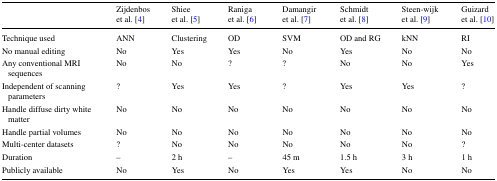
<table><thead><tr><td></td><td><b>Zijdenbos et al. [4]</b></td><td><b>Shiee et al. [5]</b></td><td><b>Raniga et al. [6]</b></td><td><b>Damangir et al. [7]</b></td><td><b>Schmidt et al. [8]</b></td><td><b>Steen-wijk et al. [9]</b></td><td><b>Guizard et al. [10]</b></td></tr></thead><tbody><tr><td>Technique used</td><td>ANN</td><td>Clustering</td><td>OD</td><td>SVM</td><td>OD and RG</td><td>kNN</td><td>RI</td></tr><tr><td>No manual editing</td><td>No</td><td>Yes</td><td>Yes</td><td>No</td><td>Yes</td><td>No</td><td>No</td></tr><tr><td>Any conventional MRI sequences</td><td>No</td><td>No</td><td>?</td><td>?</td><td>No</td><td>No</td><td>Yes</td></tr><tr><td>Independent of scanning parameters</td><td>?</td><td>Yes</td><td>Yes</td><td>?</td><td>Yes</td><td>Yes</td><td>?</td></tr><tr><td>Handle diffuse dirty white matter</td><td>No</td><td>No</td><td>No</td><td>No</td><td>No</td><td>No</td><td>No</td></tr><tr><td>Handle partial volumes</td><td>No</td><td>No</td><td>No</td><td>No</td><td>No</td><td>No</td><td>No</td></tr><tr><td>Multi-center datasets</td><td>?</td><td>No</td><td>No</td><td>No</td><td>No</td><td>No</td><td>?</td></tr><tr><td>Duration</td><td>–</td><td>2 h</td><td>–</td><td>45 m</td><td>1.5 h</td><td>3 h</td><td>1 h</td></tr><tr><td>Publicly available</td><td>No</td><td>Yes</td><td>No</td><td>Yes</td><td>Yes</td><td>No</td><td>No</td></tr></tbody></table>